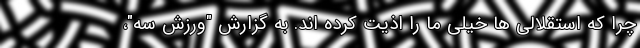
چرا که استقلالی ها خیلی ما را اذیت کرده اند. به گزارش "ورزش سه"،